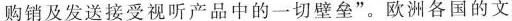
购销及发送接受视听产品中的一切壁垒”。欧洲各国的文